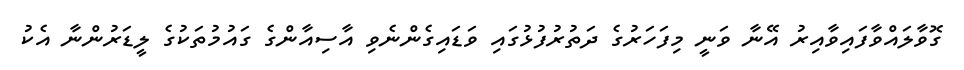
ގޮވާލައްވާފައިވާއިރު އޭނާ ވަނީ މިފަހަރުގެ ދަތުރުފުޅުގައި ވަޑައިގެންނެވި އާސިއާންގެ ގައުމުތަކުގެ ލީޑަރުންނާ އެކު